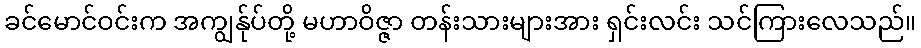
ခင်မောင်ဝင်းက အကျွန်ုပ်တို့ မဟာဝိဇ္ဇာ တန်းသားများအား ရှင်းလင်း သင်ကြားလေသည်။